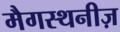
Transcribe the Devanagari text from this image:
मैगस्थनीज़